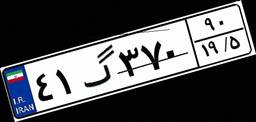
۴۱گ۳۷۰۹۰